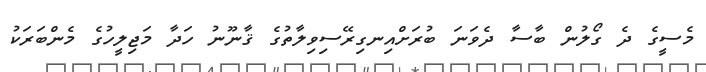
މެސީގެ ދެ ގޯލުން ބާސާ ދެވަނަ ބުރަށްއިނގިރޭސިވިލާތުގެ ޤާނޫނު ހަދާ މަޖިލީހުގެ މެންބަރަކު